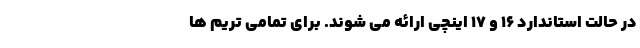
در حالت استاندارد 16 و 17 اینچی ارائه می شوند. برای تمامی تریم ها